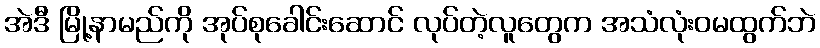
အဲဒီ မြို့နာမည်ကို အုပ်စုခေါင်းဆောင် လုပ်တဲ့လူတွေက အသံလုံးဝမထွက်ဘဲ